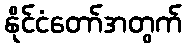
နိုင်ငံတော်အတွက်